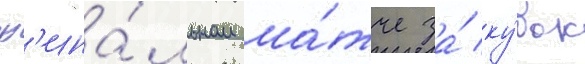
ф'ина́льном ма́тче за́ ку́бок